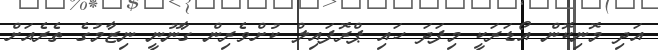
އަދި މޮނިކޮން އޯޑަރަކީ މިފަދަ ހައި ޕްރޮފައިލް ކުށްވެރިން ގާނޫނީ ނިޒާމުގެ ތެރެއަށް